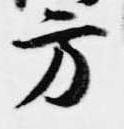
方